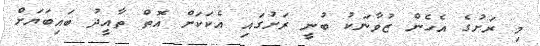
މި ރަށުގެ އެހެން ޒުވާނަކު ބުނީ ރަށުގައި އެކަކަށް އޮތް ތާއީދު ބައިބަޔަށް